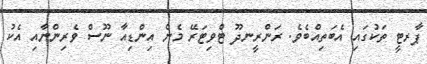
ޕާރޓީ ތަކުގައި އެބަތިއްބެވެ. ރަންރީނދޫ ޓްވިޓަރޭ މެން އިންޑިއާ ނޫސް ވެރިންނާއި އެކު